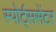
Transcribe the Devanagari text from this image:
स्पोर्ट्ससेंटर